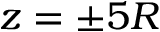
z = \pm 5 R